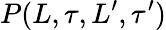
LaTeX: P(L,\tau,L^{\prime},\tau^{\prime})